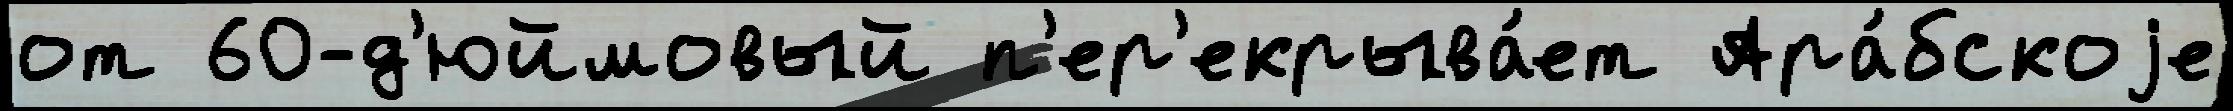
от 60-д'юймовый п'ер'екрыва́ет Ара́бскоjе